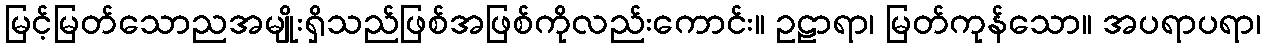
မြင့်မြတ်သောညအမျိုးရှိသည်ဖြစ်အဖြစ်ကိုလည်းကောင်း။ ဥဠာရာ၊ မြတ်ကုန်သော။ အပရာပရာ၊